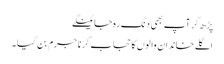
پڑھ کر آپ بھی دنگ رہ جائینگے
اگلے خاندان والوں کا حجاب کرنا جرم بن گیا ۔